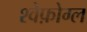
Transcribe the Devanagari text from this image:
श्वेफ़ोग्ल